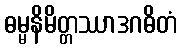
ဓမ္မနိမိတ္တဿာဒဂဓိတံ